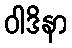
ဝါဒိနာ